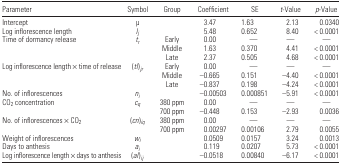
<table><thead><tr><td><b>Parameter</b></td><td><b>Symbol</b></td><td><b>Group</b></td><td><b>Coefficient</b></td><td><b>SE</b></td><td><b><i>t</i>-Value</b></td><td><b><i>p</i>-Value</b></td></tr></thead><tbody><tr><td>Intercept</td><td>μ</td><td>[EMPTY_CELL]</td><td>3.47</td><td>1.63</td><td>2.13</td><td>0.0340</td></tr><tr><td>Log inflorescence length</td><td><i>l</i><i><sub>j</sub></i></td><td>[EMPTY_CELL]</td><td>5.48</td><td>0.652</td><td>8.40</td><td>&lt; 0.0001</td></tr><tr><td>Time of dormancy release</td><td><i>t</i><i><sub>r</sub></i></td><td>Early</td><td>0.00</td><td>—</td><td>—</td><td>—</td></tr><tr><td>[EMPTY_CELL]</td><td>[EMPTY_CELL]</td><td>Middle</td><td>1.63</td><td>0.370</td><td>4.41</td><td>&lt; 0.0001</td></tr><tr><td>[EMPTY_CELL]</td><td>[EMPTY_CELL]</td><td>Late</td><td>2.37</td><td>0.505</td><td>4.68</td><td>&lt; 0.0001</td></tr><tr><td>Log inflorescence length × time of release</td><td>(<i>tl</i>)<i><sub>jr</sub></i></td><td>Early</td><td>0.00</td><td>—</td><td>—</td><td>—</td></tr><tr><td>[EMPTY_CELL]</td><td>[EMPTY_CELL]</td><td>Middle</td><td>−0.665</td><td>0.151</td><td>−4.40</td><td>&lt; 0.0001</td></tr><tr><td>[EMPTY_CELL]</td><td>[EMPTY_CELL]</td><td>Late</td><td>−0.837</td><td>0.198</td><td>−4.24</td><td>&lt; 0.0001</td></tr><tr><td>No. of inflorescences</td><td><i>n</i><i><sub>i</sub></i></td><td>[EMPTY_CELL]</td><td>−0.00503</td><td>0.000851</td><td>−5.91</td><td>&lt; 0.0001</td></tr><tr><td>CO<sub>2</sub> concentration</td><td><i>c</i><i><sub>q</sub></i></td><td>380 ppm</td><td>0.00</td><td>—</td><td>—</td><td>—</td></tr><tr><td>[EMPTY_CELL]</td><td>[EMPTY_CELL]</td><td>700 ppm</td><td>−0.448</td><td>0.153</td><td>−2.93</td><td>0.0036</td></tr><tr><td>No. of inflorescences × CO<sub>2</sub></td><td>(<i>cn</i>)<i><sub>iq</sub></i></td><td>380 ppm</td><td>0.00</td><td>—</td><td>—</td><td>—</td></tr><tr><td>[EMPTY_CELL]</td><td>[EMPTY_CELL]</td><td>700 ppm</td><td>0.00297</td><td>0.00106</td><td>2.79</td><td>0.0055</td></tr><tr><td>Weight of inflorescences</td><td><i>w</i><i><sub>i</sub></i></td><td>[EMPTY_CELL]</td><td>0.0509</td><td>0.0157</td><td>3.24</td><td>0.0013</td></tr><tr><td>Days to anthesis</td><td><i>a</i><i><sub>i</sub></i></td><td>[EMPTY_CELL]</td><td>0.119</td><td>0.0207</td><td>5.73</td><td>&lt; 0.0001</td></tr><tr><td>Log inflorescence length × days to anthesis</td><td>(<i>al</i>)<i><sub>ij</sub></i></td><td>[EMPTY_CELL]</td><td>−0.0518</td><td>0.00840</td><td>−6.17</td><td>&lt; 0.0001</td></tr></tbody></table>